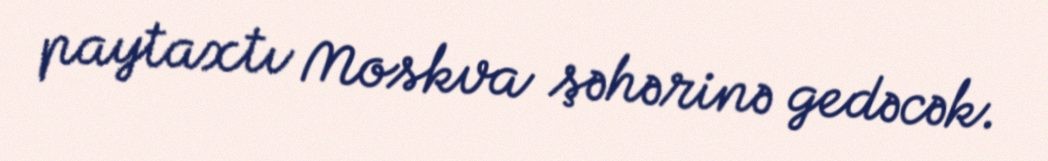
paytaxtı Moskva şəhərinə gedəcək.